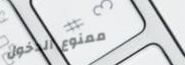
ممنوع الدخول